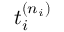
t _ { i } ^ { ( n _ { i } ) }